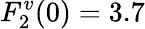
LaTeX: F_{2}^{v}(0)=3.7